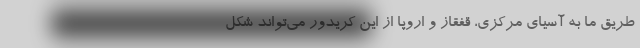
طریق ما به آسیای مرکزی، قفقاز و اروپا از این کریدور می‌تواند شکل